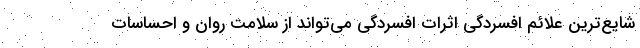
شایع‌ترین علائم افسردگی اثرات افسردگی می‌تواند از سلامت روان و احساسات